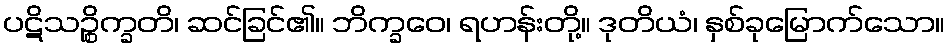
ပဋိသဉ္စိက္ခတိ၊ ဆင်ခြင်၏။ ဘိက္ခဝေ၊ ရဟန်းတို့။ ဒုတိယံ၊ နှစ်ခုမြောက်သော။